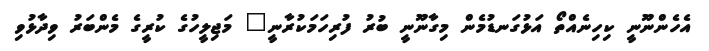
އެހެންނޫނީ ކިހިނެއްތޯ އަޅުގަނޑުމެން މިގާނޫނީ ބުރު ފުރިހަމަކުރާނީ" މަޖިލީހުގެ ކުރީގެ މެންބަރު ވިދާޅުވި